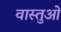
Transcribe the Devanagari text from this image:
वास्तुओ